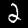
Label: 2